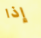
إذا